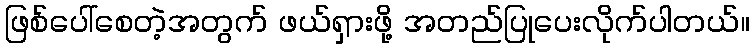
ဖြစ်ပေါ်စေတဲ့အတွက် ဖယ်ရှားဖို့ အတည်ပြုပေးလိုက်ပါတယ်။